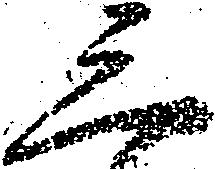
三